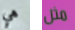
هي مثل